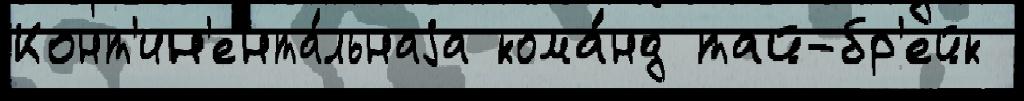
Конт'ин'ента́льнаjа кома́нд тай-бр'ейк